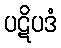
ပဋိပဒံ